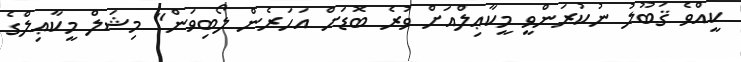
ކީއްވެ ޤަބޫލު ނުކުރަންވީ މީކާޢިލްއަށް ވުރެ ބޮޑަށް އަހަރެން ލޯބިވަން" މިޝަލް މީކާޢިލްގެ